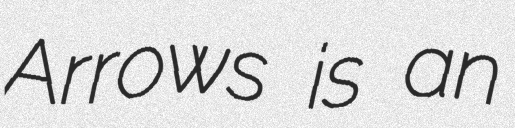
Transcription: Arrows is an